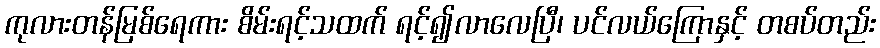
ကုလားတန်မြစ်ရေကား စိမ်းရင့်သထက် ရင့်၍လာလေပြီ၊ ပင်လယ်ကြောနှင့် တစပ်တည်း